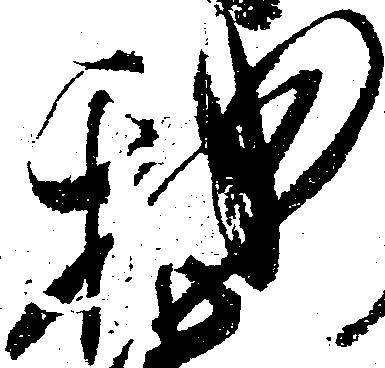
我